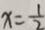
x = \frac { 1 } { 2 }